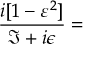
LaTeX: \frac { i [ 1 - \varepsilon ^ { 2 } ] } { \Im + i \epsilon } =